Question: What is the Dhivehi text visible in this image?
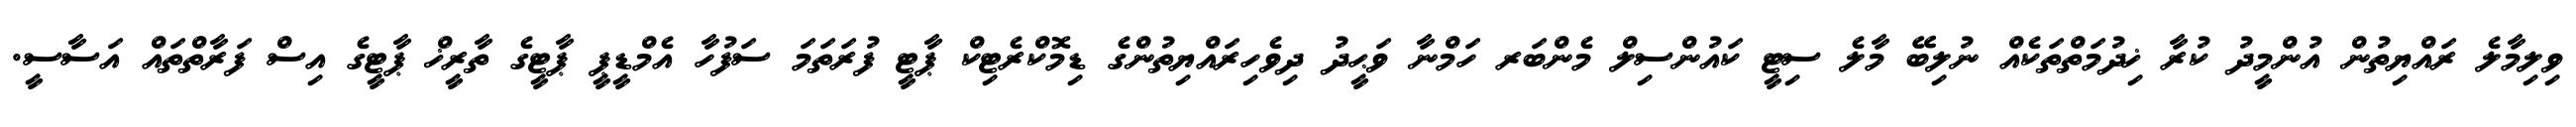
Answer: ވިލިމާލެ ރައްޔިތުން އުންމީދު ކުރާ ޚިދުމަތްތަކެއް ނުލިބޭ މާލެ ސިޓީ ކައުންސިލް މެންބަރ ހަމްނާ ވަޙީދު ދިވެހިރައްޔިތުންގެ ޑިމޮކްރެޓިކް ޕާޓީ ފުރަތަމަ ސަފުހާ އެމްޑީޕީ ޕާޓީގެ ތާރީޚް ޕާޓީގެ އިސް ފަރާތްތައް އަސާސީ.